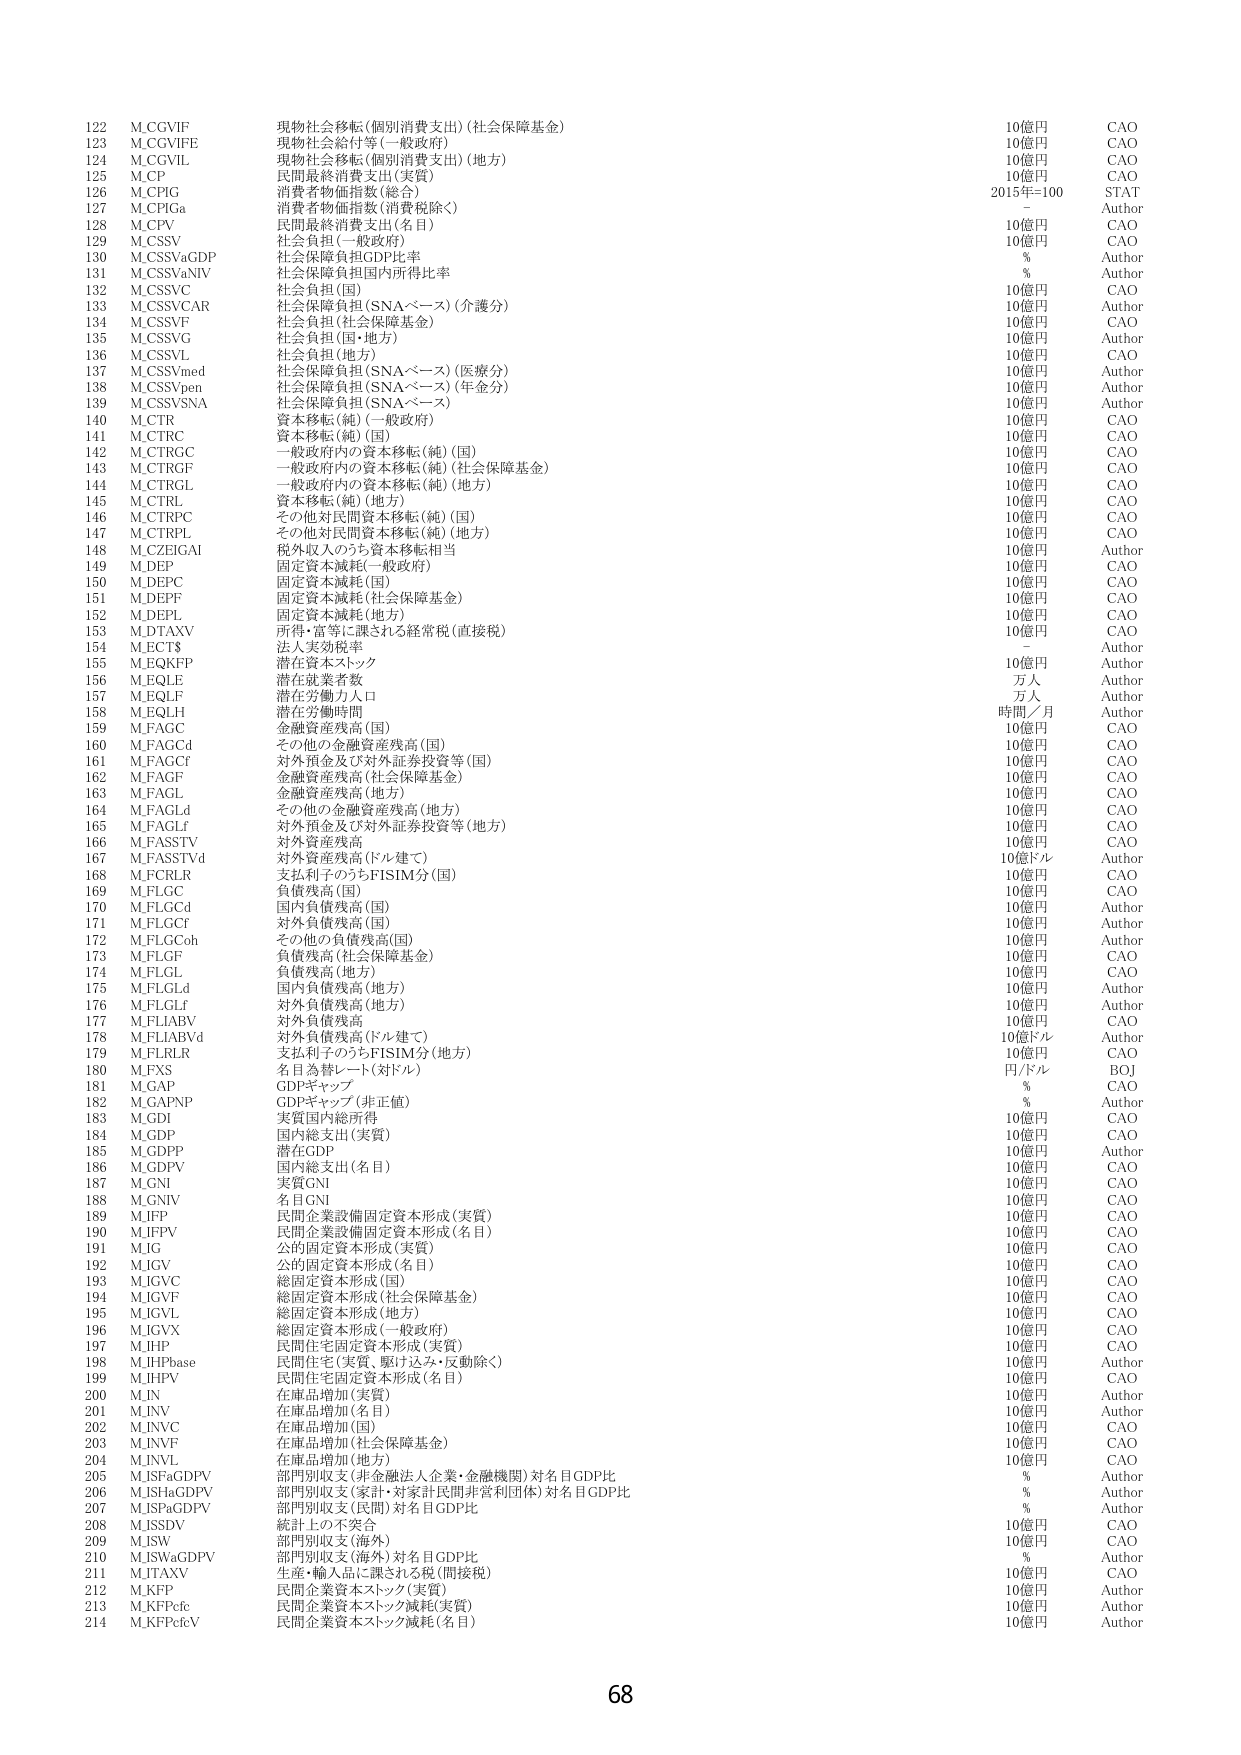
122 M.CGVIF 現物社会移転(個別消費支出)(社会保障基金) 10億円 CAO
123 M.CGVIFE 現物社会給付等(一般政府) 10億円 CAO
124 M.CGVIL 現物社会移転(個別消費支出)(地方) 10億円 CAO
125 M.CP 民間最終消費支出(実質) 10億円 CAO
126 M.CPIG 消費者物価指数(総合) 2015年=100 STAT
127 M.CPIGa 消費者物価指数(消費税除く) - Author
128 M.CPV 民間最終消費支出(名目) 10億円 CAO
129 M.CSSV 社会負担(一般政府) 10億円 CAO
130 M.CSSVaGDP 社会保障負担GDP比率 % Author
131 M.CSSVaINV 社会保障負担国内所得比率 % Author
132 M.CSSVC 社会負担(国) 10億円 CAO
133 M.CSSVCAR 社会保障負担(SNAベース)(介護分) 10億円 Author
134 M.CSSVF 社会負担(社会保障基金) 10億円 CAO
135 M.CSSVG 社会負担(国・地方) 10億円 Author
136 M.CSSVL 社会負担(地方) 10億円 CAO
137 M.CSSVmed 社会保障負担(SNAベース)(医療分) 10億円 Author
138 M.CSSVpen 社会保障負担(SNAベース)(年金分) 10億円 Author
139 M.CSSVSNA 社会保障負担(SNAベース) 10億円 Author
140 M.CTR 資本移転(純)(一般政府) 10億円 CAO
141 M.CTRC 資本移転(純)(国) 10億円 CAO
142 M.CTRGC 一般政府内の資本移転(純)(国) 10億円 CAO
143 M.CTRGF 一般政府内の資本移転(純)(社会保障基金) 10億円 CAO
144 M.CTRGL 一般政府内の資本移転(純)(地方) 10億円 CAO
145 M.CTRL 資本移転(純)(地方) 10億円 CAO
146 M.CTRPC その他対民間資本移転(純)(国) 10億円 CAO
147 M.CTRPL その他対民間資本移転(純)(地方) 10億円 CAO
148 M.CZEIGAI 税外収入のうち資本移転相当 10億円 Author
149 M.DEIP 固定資本減耗(一般政府) 10億円 CAO
150 M.DEPC 固定資本減耗(国) 10億円 CAO
151 M.DEPF 固定資本減耗(社会保障基金) 10億円 CAO
152 M.DEPL 固定資本減耗(地方) 10億円 CAO
153 M.DTAXV 所得・富等に課される経常税(直接税) 10億円 CAO
154 M.ECT$ 法人実効税率 - Author
155 M.EQKFP 潜在資本ストック 10億円 Author
156 M.EQLE 潜在就業者数 万人 Author
157 M.EQLF 潜在労働力人口 万人 Author
158 M.EQLH 潜在労働時間 時間／月 Author
159 M.FAGC 金融資産残高(国) 10億円 CAO
160 M.FAGCd その他の金融資産残高(国) 10億円 CAO
161 M.FAGCF 対外預金及び対外証券投資等(国) 10億円 CAO
162 M.FAGF 金融資産残高(社会保障基金) 10億円 CAO
163 M.FAGL 金融資産残高(地方) 10億円 CAO
164 M.FAGLd その他の金融資産残高(地方) 10億円 CAO
165 M.FAGLf 対外預金及び対外証券投資等(地方) 10億円 CAO
166 M.FASSTV 対外資産残高 10億円 CAO
167 M.FASSTVd 対外資産残高(ドル建て) 10億ドル Author
168 M.FCRLR 支払利子のうちFISIM分(国) 10億円 CAO
169 M.FLGC 負債残高(国) 10億円 CAO
170 M.FLGCd 国内負債残高(国) 10億円 Author
171 M.FLGF 対外負債残高(国) 10億円 Author
172 M.FLG Coh その他の負債残高(国) 10億円 Author
173 M.FLGF 負債残高(社会保障基金) 10億円 CAO
174 M.FLGL 負債残高(地方) 10億円 CAO
175 M.FLGLd 国内負債残高(地方) 10億円 Author
176 M.FLGLf 対外負債残高(地方) 10億円 Author
177 M.FLIABV 対外負債残高 10億円 CAO
178 M.FLIABVd 対外負債残高(ドル建て) 10億ドル Author
179 M.FLIRLR 支払利子のうちFISIM分(地方) 10億円 CAO
180 M.FXS 名目為替レート(対ドル) 円/ドル BOJ
181 M.GAP GDPギャップ(非正値) % CAO
182 M.GAPNP 実質国内総所得 % Author
183 M.GDI 実質国内総所得 10億円 CAO
184 M.GDP 国内総支出(実質) 10億円 CAO
185 M.GDPP 潜在GDP 10億円 Author
186 M.GDPV 国内総支出(名目) 10億円 CAO
187 M.GNI 実質GNI 10億円 CAO
188 M.GNIV 名目GNI 10億円 CAO
189 M.IFP 民間企業設備固定資本形成(実質) 10億円 CAO
190 M.IFPV 民間企業設備固定資本形成(名目) 10億円 CAO
191 M.JG 公的固定資本形成(実質) 10億円 CAO
192 M.JGV 公的固定資本形成(名目) 10億円 CAO
193 M.JGVC 総固定資本形成(国) 10億円 CAO
194 M.JGVF 総固定資本形成(社会保障基金) 10億円 CAO
195 M.JGVL 総固定資本形成(地方) 10億円 CAO
196 M.JGVX 総固定資本形成(一般政府) 10億円 CAO
197 M.JHP 民間住宅固定資本形成(実質) 10億円 CAO
198 M.JHPbase 民間住宅(実質、駆け込み・反動除く) 10億円 Author
199 M.JHPV 民間住宅固定資本形成(名目) 10億円 CAO
200 M.IN 在庫品増加(実質) 10億円 Author
201 M.INV 在庫品増加(名目) 10億円 Author
202 M.INVC 在庫品増加(国) 10億円 CAO
203 M.INVF 在庫品増加(社会保障基金) 10億円 CAO
204 M.INVL 在庫品増加(地方) 10億円 CAO
205 M.ISFaGDPV 部門別収支(非金融法人企業・金融機関)対名目GDP比 % Author
206 M.ISHaGDPV 部門別収支(家計・対家計民間非営利団体)対名目GDP比 % Author
207 M.ISPaGDPV 部門別収支(民間)対名目GDP比 % Author
208 M.ISSDV 統計上の不突合 10億円 CAO
209 M.ISW 部門別収支(海外) 10億円 CAO
210 M.ISWaGDPV 部門別収支(海外)対名目GDP比 % Author
211 M.JTAXV 生産・輸入品に課される税(間接税) 10億円 CAO
212 M.KFP 民間企業資本ストック(実質) 10億円 Author
213 M.KFPcfc 民間企業資本ストック減耗(実質) 10億円 Author
214 M.KFPcfcV 民間企業資本ストック減耗(名目) 10億円 Author
68